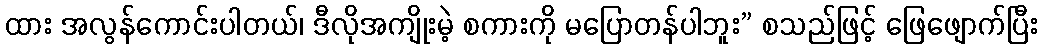
ထား အလွန်ကောင်းပါတယ်၊ ဒီလိုအကျိုးမဲ့ စကားကို မပြောတန်ပါဘူး” စသည်ဖြင့် ဖြေဖျောက်ပြီး